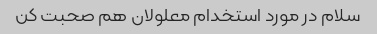
سلام در مورد استخدام معلولان هم صحبت کن